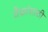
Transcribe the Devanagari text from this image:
वैद्यांसाठी